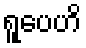
ရူပေဟိ